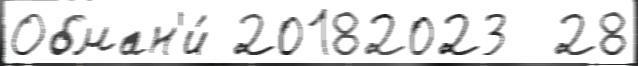
Обман'и́ 20182023  28